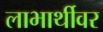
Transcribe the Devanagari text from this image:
लाभार्थीवर